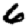
Digit: 6